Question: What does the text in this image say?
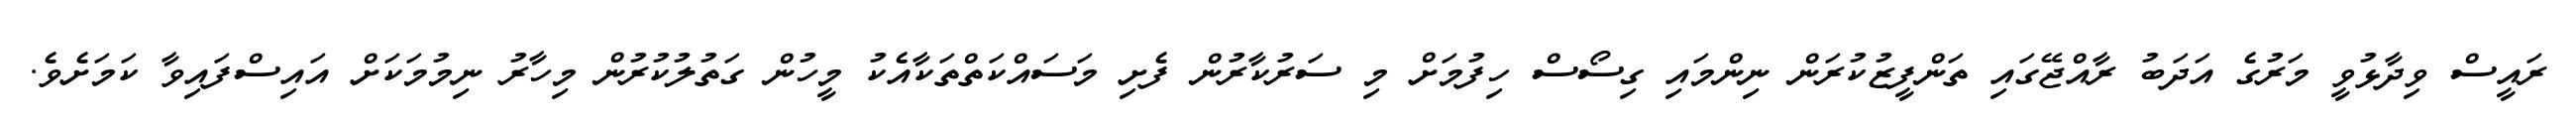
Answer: ރައީސް ވިދާޅުވީ މަރުގެ އަދަބު ރާއްޖޭގައި ތަންފީޒުކުރަން ނިންމައި ގިސޯސް ހިފުމަށް މި ސަރުކާރުން ފެށި މަސައްކަތްތަކާއެކު މީހުން ގަތުލުކުރުން މިހާރު ނިމުމަކަށް އައިސްފައިވާ ކަމަށެވެ.